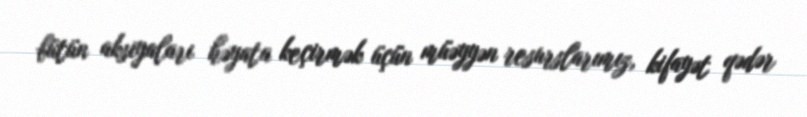
bütün aksiyaları həyata keçirmək üçün müəyyən resurslarımız, kifayət qədər